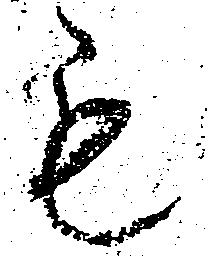
も